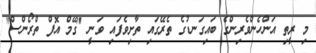
މި ރީތި އަންހެންވެރިންގެ ބައިގަނޑުގެ ތެރޭގައި ތާށިވެފައި ވަނީ "ގޭމް އޮފް ތްރޯންސް"